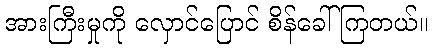
အားကြီးမှုကို လှောင်ပြောင် စိန်ခေါ် ကြတယ်။